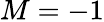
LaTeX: M=-1